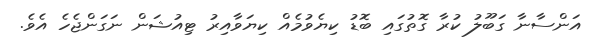
އަންސާނާ ގަބޫލު ކުރާ ގޮތުގައި ބޮޑު ކިޔެވުމެއް ކިޔަވާއިރު ޓިއުޝަން ނަގަންޖެހެ އެވެ.